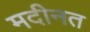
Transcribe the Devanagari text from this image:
मदीनत